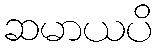
ဆမာယပိ